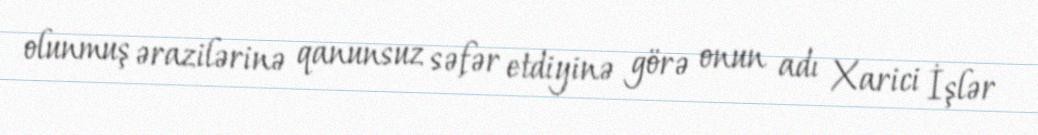
olunmuş ərazilərinə qanunsuz səfər etdiyinə görə onun adı Xarici İşlər